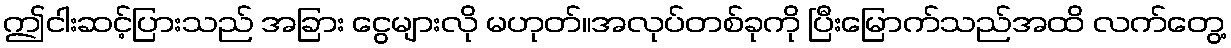
ဤငါးဆင့်ပြားသည် အခြား ငွေများလို မဟုတ်။အလုပ်တစ်ခုကို ပြီးမြောက်သည်အထိ လက်တွေ့